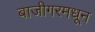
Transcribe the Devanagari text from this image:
बाजीगरमधून